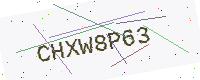
Text: CHXW8P63